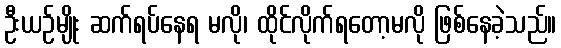
ဦးယဉ်မျိုး ဆက်ရပ်နေရ မလို၊ ထိုင်လိုက်ရတော့မလို ဖြစ်နေခဲ့သည်။